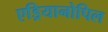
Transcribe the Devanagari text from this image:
एड्रियानोपिल